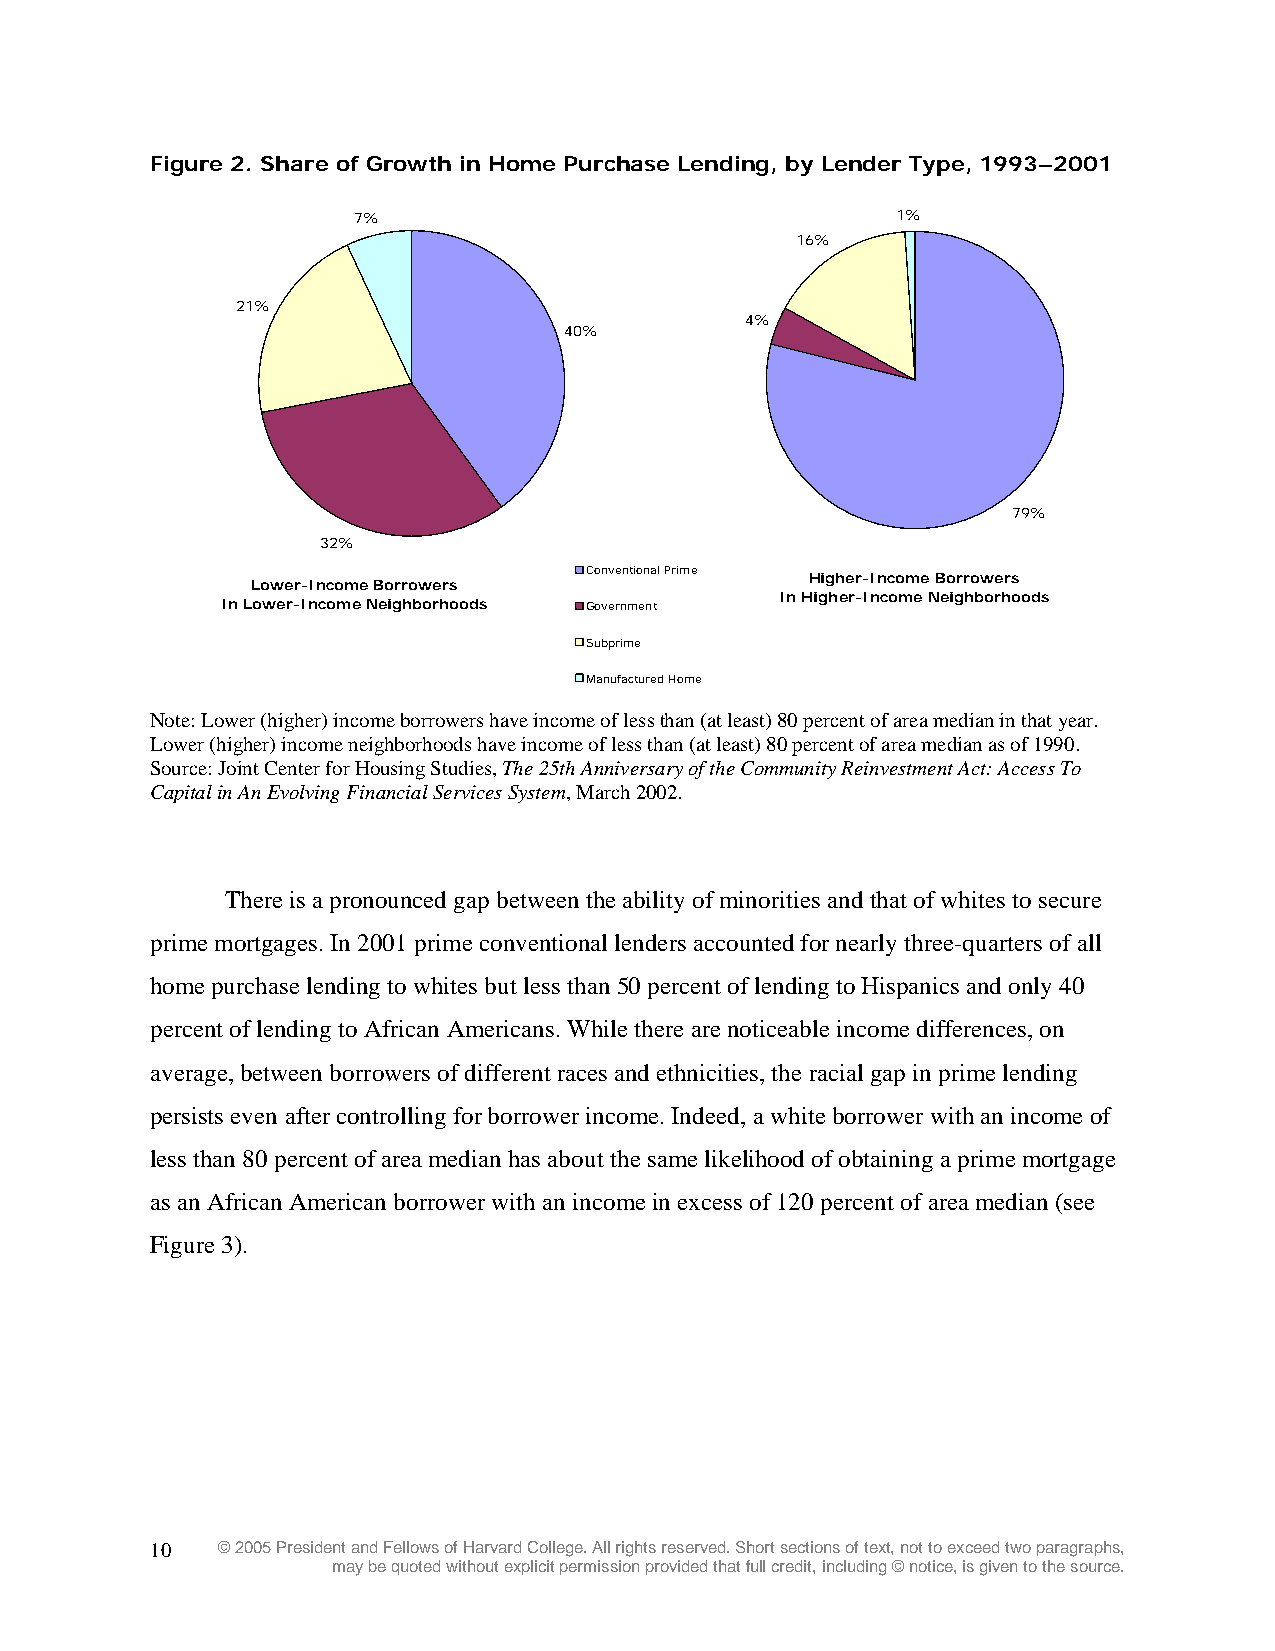
Figure 2. Share of Growth in Home Purchase Lending, by Lender Type, 1993–2001
 7%                                  1%
 16%
 21%
 4%
 40%
 79%
 32%
 Conventional Prime Higher-Income Borrowers
 Lower-Income Borrowers
 In Higher-Income Neighborhoods
 In Lower-Income Neighborhoods Government
 Subprime
 Manufactured Home
 Note: Lower (higher) income borrowers have income of less than (at least) 80 percent of area median in that year.
 Lower (higher) income neighborhoods have income of less than (at least) 80 percent of area median as of 1990.
 Source: Joint Center for Housing Studies, The 25th Anniversary of the Community Reinvestment Act: Access To
 Capital in An Evolving Financial Services System, March 2002.
 There is a pronounced gap between the ability of minorities and that of whites to secure
 prime mortgages. In 2001 prime conventional lenders accounted for nearly three-quarters of all
 home purchase lending to whites but less than 50 percent of lending to Hispanics and only 40
 percent of lending to African Americans. While there are noticeable income differences, on
 average, between borrowers of different races and ethnicities, the racial gap in prime lending
 persists even after controlling for borrower income. Indeed, a white borrower with an income of
 less than 80 percent of area median has about the same likelihood of obtaining a prime mortgage
 as an African American borrower with an income in excess of 120 percent of area median (see
 Figure 3).
 10  © 2005 President and Fellows of Harvard College. All rights reserved. Short sections of text, not to exceed two paragraphs,
 may be quoted without explicit permission provided that full credit, including © notice, is given to the source.